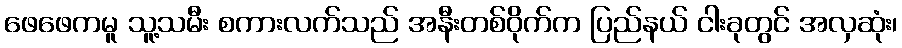
ဖေဖေကမူ သူ့သမီး စကားလက်သည် အနီးတစ်ဝိုက်က ပြည်နယ် ငါးခုတွင် အလှဆုံး၊